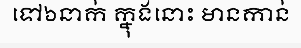
ទៅ៦នាក់ ក្នុងនោះ មានកាន់